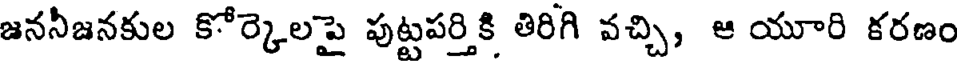
జననీజనకుల కోర్కెలపై పుట్టపర్తికి తిరిగి వచ్చి, ఆ యూరి కరణం